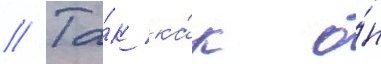
// Та́к ка́к о́н